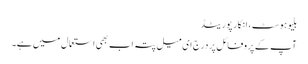
بلیوہوسٹ ، انکارپوریٹڈ
آپ کے پروفائل پر درج ای میل پتہ اب بھی استعمال میں ہے۔